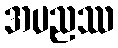
အပညဿ